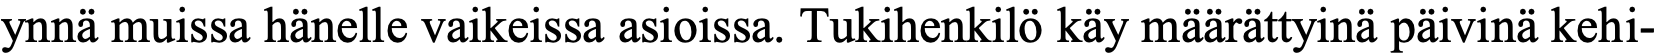
ynnä muissa hänelle vaikeissa asioissa. Tukihenkilö käy määrättyinä päivinä kehi-